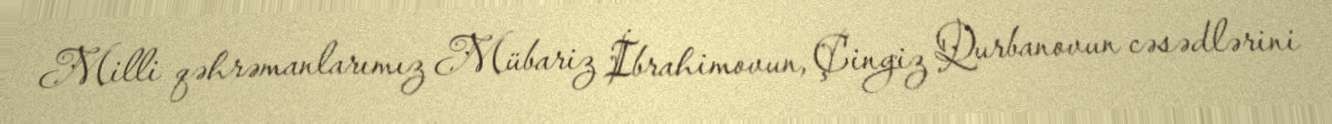
Milli qəhrəmanlarımız Mübariz İbrahimovun, Çingiz Qurbanovun cəsədlərini